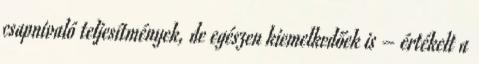
csapnivaló teljesítmények, de egészen kiemelkedőek is – értékelt a